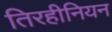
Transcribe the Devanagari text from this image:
तिरहीनियन